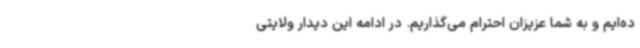
ده‌ایم و به شما عزیزان احترام می‌گذاریم. در ادامه این دیدار ولایتی